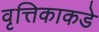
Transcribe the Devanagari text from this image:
वृत्तिकाकडे